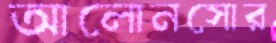
আলোনসোর